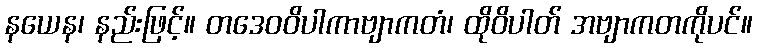
နယေန၊ နည်းဖြင့်။ တဒေဝဝိပါကာဗျာကတံ၊ ထိုဝိပါတ် အဗျာကတကိုပင်။